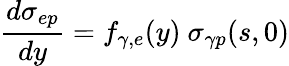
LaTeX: \frac{d\sigma_{ep}}{dy}=f_{\gamma,e}(y)\ \sigma_{\gamma p}(s,0)